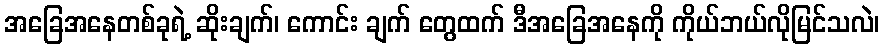
အခြေအနေတစ်ခုရဲ့ ဆိုးချက်၊ ကောင်း ချက် တွေထက် ဒီအခြေအနေကို ကိုယ်ဘယ်လိုမြင်သလဲ၊